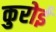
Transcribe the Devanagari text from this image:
कुरोई